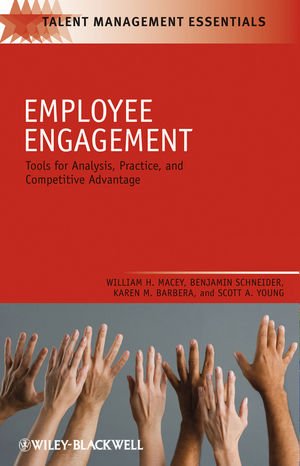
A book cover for Employee Engagement: Tools for Analysis, Practice, and Competitive Advantage; William H. Macey; Medical Books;